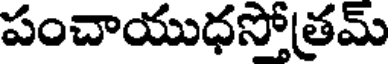
పంచాయుధసోత్రమ్